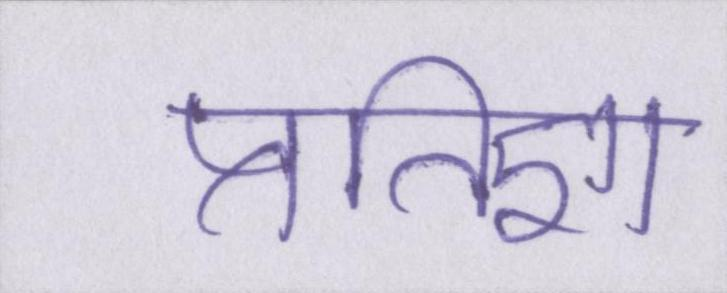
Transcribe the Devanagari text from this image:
प्रतिज्ञा